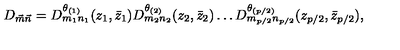
D _ { \vec { m } \vec { n } } = D _ { m _ { 1 } n _ { 1 } } ^ { \theta _ { ( 1 ) } } ( z _ { 1 } , \bar { z } _ { 1 } ) D _ { m _ { 2 } n _ { 2 } } ^ { \theta _ { ( 2 ) } } ( z _ { 2 } , \bar { z } _ { 2 } ) \dots D _ { m _ { p / 2 } n _ { p / 2 } } ^ { \theta _ { ( p / 2 ) } } ( z _ { p / 2 } , \bar { z } _ { p / 2 } ) ,